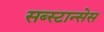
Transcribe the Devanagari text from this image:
सब्स्टान्सेस